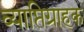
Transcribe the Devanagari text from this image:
व्याप्तिग्राहक